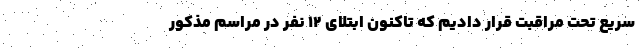
سریع تحت مراقبت قرار دادیم که تاکنون ابتلای ۱۲ نفر در مراسم مذکور